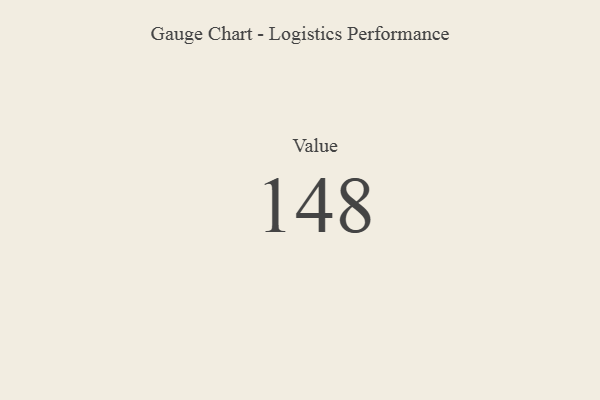
{"axis": {"x": "Metric", "y": "Value"}, "legend": [""], "data": [{"x": "Value", "y": 148, "type": ""}]}